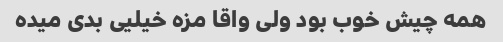
همه چیش خوب بود ولی واقا مزه خیلیی بدی میده